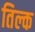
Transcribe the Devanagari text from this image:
तिल्क